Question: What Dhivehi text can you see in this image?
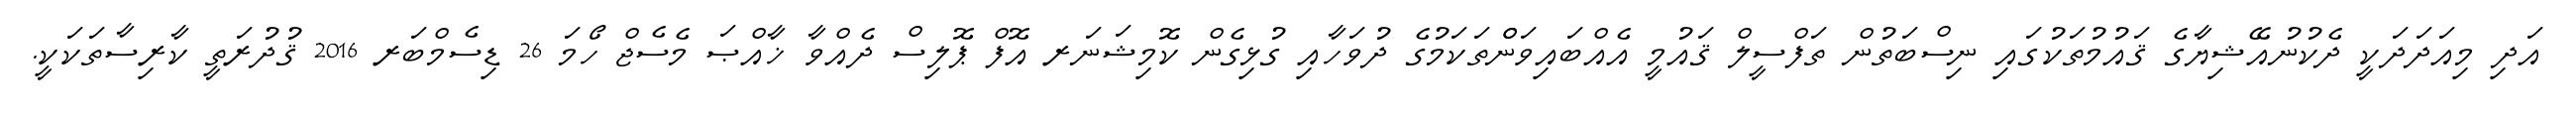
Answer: އަދި މިއަދަދަކީ ދެކުނުއޭޝިޔާގެ ޤައުމުތަކުގައި ނިސްބަތުން ތަފްސީލް ޤައުމީ އެއްބައިވަންްތަކަމުގެ ދުވަހާއި ގުޅިގެން ކޮމިޝަނަރ އޮފް ޕޮލިސް ދެއްވާ ޚާއްޞަ މެސެޖް ހޯމަ 26 ޑިސެމްބަރ 2016 ޤުދުރަތީ ކާރިސާތަކަކީ.